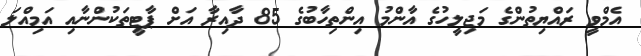
އެމްވީ ރައްޔިތުންގެ މަޖިލީހުގެ އާންމު އިންތިހާބުގެ 85 ދާއިރާ އަށް ޕާޓީތަކުންނާއި އަމިއްލަ